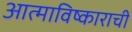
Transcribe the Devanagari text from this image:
आत्माविष्काराची